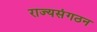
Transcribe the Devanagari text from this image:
राज्यसंगठन